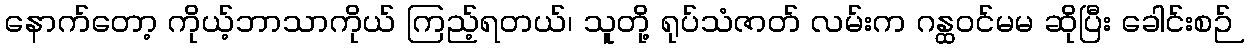
နောက်တော့ ကိုယ့်ဘာသာကိုယ် ကြည့်ရတယ်၊ သူတို့ ရုပ်သံဇာတ် လမ်းက ဂန္ထဝင်မမ ဆိုပြီး ခေါင်းစဉ်